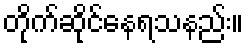
တိုက်ဆိုင်နေရသနည်း။